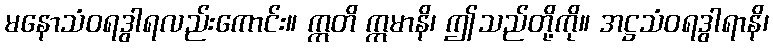
မနောသံဝရဒွါရလည်းကောင်း။ ဣတိ ဣမာနိ၊ ဤသည်တို့ကို။ အဋ္ဌသံဝရဒွါရာနိ၊